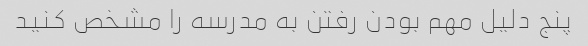
پنج دلیل مهم بودن رفتن به مدرسه را مشخص کنید